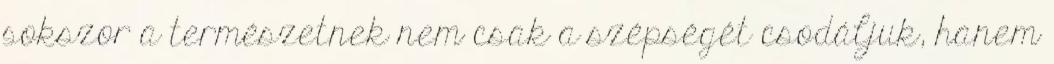
sokszor a természetnek nem csak a szépségét csodáljuk, hanem